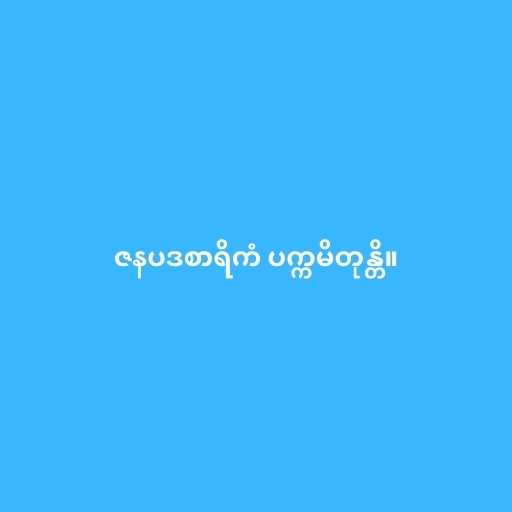
ဇနပဒစာရိကံ ပက္ကမိတုန္တိ။